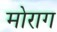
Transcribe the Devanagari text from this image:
मोराग